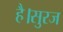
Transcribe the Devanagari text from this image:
है।सुरज